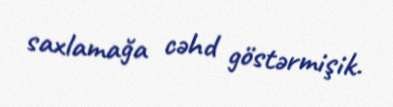
saxlamağa cəhd göstərmişik.